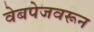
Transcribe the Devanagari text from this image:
वेबपेजवरून